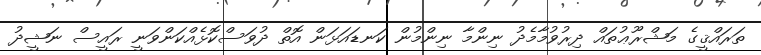
ތަރައްޤީގެ މަޝްރޫޢުތައް ދިރުވުމާމެދު ނިންމާ ނިންމުން ކަނޑައަޅަން އޮތް ދުވަސްކޮޅެއްކަންވަނީ ރައީސް ނަޝީދު